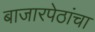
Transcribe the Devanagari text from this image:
बाजारपेठांचा